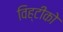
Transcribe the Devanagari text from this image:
विह्टीको